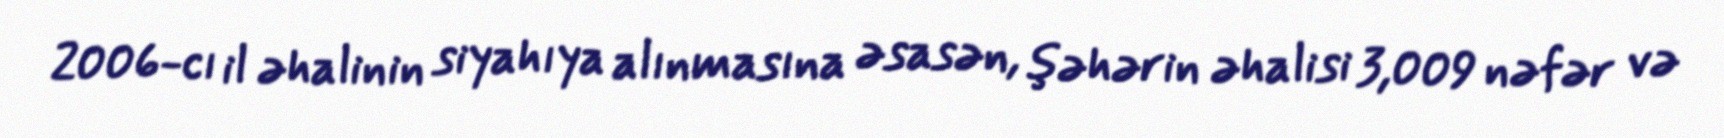
2006-cı il əhalinin siyahıya alınmasına əsasən, şəhərin əhalisi 3,009 nəfər və